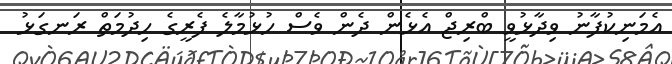
އެމަނިކުފާނު ވިދާޅުވީ ބްރިޖް އެޅެން ދެން ވެސް ހުޅުމާލެ ފެރީގެ ހިދުމަތް ރަނގަޅު